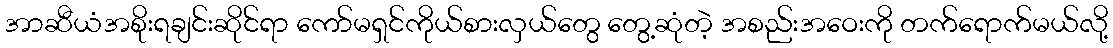
အာဆီယံအစိုးရချင်းဆိုင်ရာ ကော်မရှင်ကိုယ်စားလှယ်တွေ တွေ့ဆုံတဲ့ အစည်းအဝေးကို တက်ရောက်မယ်လို့